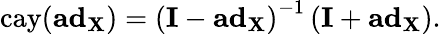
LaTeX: \mathrm{cay}(\mathbf{ad}_{\mathbf{X}})=\left(\mathbf{I}-\mathbf{ad}_{\mathbf{X}}\right)^{-1}\left(\mathbf{I}+\mathbf{ad}_{\mathbf{X}}\right).